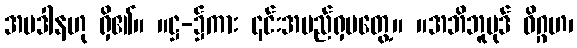
အပဒါနဟု ရှိ၏။ ။ဋ္ဌ-၌ကား ၎င်းအမည်ရှမတွေ့။ ။အဘိဘူပုဒ် ဝိဂ္ဂဟ၊